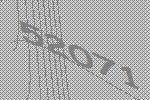
52071